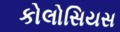
કોલોસિયસ